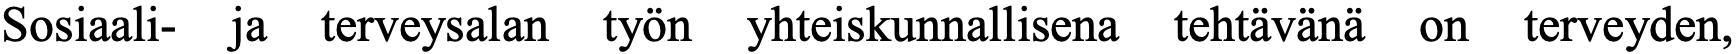
Sosiaali- ja terveysalan työn yhteiskunnallisena tehtävänä on terveyden,